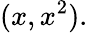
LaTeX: (x,x^{2}).